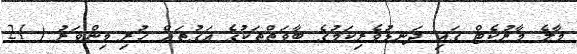
މާލެ މާރުކެޓް ގައި ދަނޑުވެރިކަމުގެ ބާވަތްތަކުގެ އަގުތައް ހުރި މިންވަރު ( 21